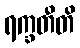
ရက္ခတီတိ